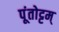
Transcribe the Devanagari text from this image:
पूंतोट्टम्